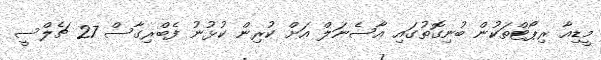
މީޑިއާ ރިޕޯޓްތަކުން ބުނިގޮތުގައި އާސެނަލް އަށް ކުރިން ކުޅުނު ފެބްރިގާސް 27 ޗެލްސީ